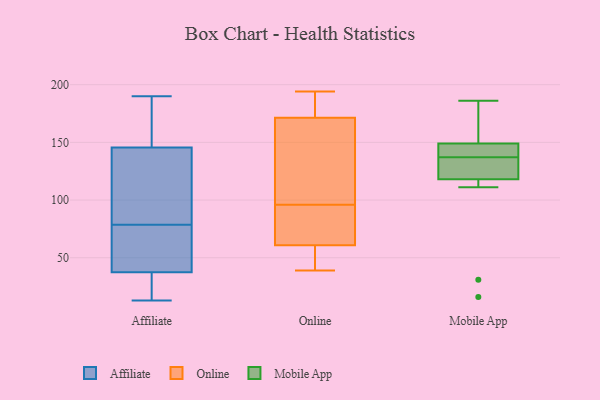
{"axis": {"x": "Revenue (USD Million)", "y": "Value"}, "legend": ["Affiliate", "Mobile App", "Online"], "data": [{"x": "", "y": 182, "type": "Affiliate"}, {"x": "", "y": 26, "type": "Affiliate"}, {"x": "", "y": 149, "type": "Affiliate"}, {"x": "", "y": 130, "type": "Affiliate"}, {"x": "", "y": 47, "type": "Affiliate"}, {"x": "", "y": 13, "type": "Affiliate"}, {"x": "", "y": 114, "type": "Affiliate"}, {"x": "", "y": 190, "type": "Affiliate"}, {"x": "", "y": 69, "type": "Affiliate"}, {"x": "", "y": 28, "type": "Affiliate"}, {"x": "", "y": 25, "type": "Affiliate"}, {"x": "", "y": 189, "type": "Affiliate"}, {"x": "", "y": 47, "type": "Affiliate"}, {"x": "", "y": 142, "type": "Affiliate"}, {"x": "", "y": 53, "type": "Affiliate"}, {"x": "", "y": 88, "type": "Affiliate"}, {"x": "", "y": 39, "type": "Online"}, {"x": "", "y": 194, "type": "Online"}, {"x": "", "y": 39, "type": "Online"}, {"x": "", "y": 189, "type": "Online"}, {"x": "", "y": 136, "type": "Online"}, {"x": "", "y": 94, "type": "Online"}, {"x": "", "y": 183, "type": "Online"}, {"x": "", "y": 96, "type": "Online"}, {"x": "", "y": 123, "type": "Online"}, {"x": "", "y": 52, "type": "Online"}, {"x": "", "y": 87, "type": "Online"}, {"x": "", "y": 111, "type": "Mobile App"}, {"x": "", "y": 130, "type": "Mobile App"}, {"x": "", "y": 16, "type": "Mobile App"}, {"x": "", "y": 118, "type": "Mobile App"}, {"x": "", "y": 131, "type": "Mobile App"}, {"x": "", "y": 174, "type": "Mobile App"}, {"x": "", "y": 181, "type": "Mobile App"}, {"x": "", "y": 146, "type": "Mobile App"}, {"x": "", "y": 31, "type": "Mobile App"}, {"x": "", "y": 141, "type": "Mobile App"}, {"x": "", "y": 186, "type": "Mobile App"}, {"x": "", "y": 136, "type": "Mobile App"}, {"x": "", "y": 138, "type": "Mobile App"}, {"x": "", "y": 149, "type": "Mobile App"}]}